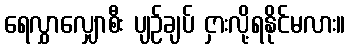
ရေလွှာလျှောစီး ပျဉ်ချပ် ငှားလို့ရနိုင်မလား။